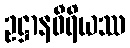
ဥဋ္ဌာနဝီရိယဿ